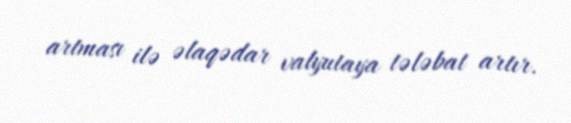
artması ilə əlaqədar valyutaya tələbat artır.